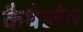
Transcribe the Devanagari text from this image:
कैथेडरेल